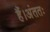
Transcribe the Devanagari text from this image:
हैं।अंततः